Report on vaccination proceedings throughout the Government of Bengal -
Year: 1868
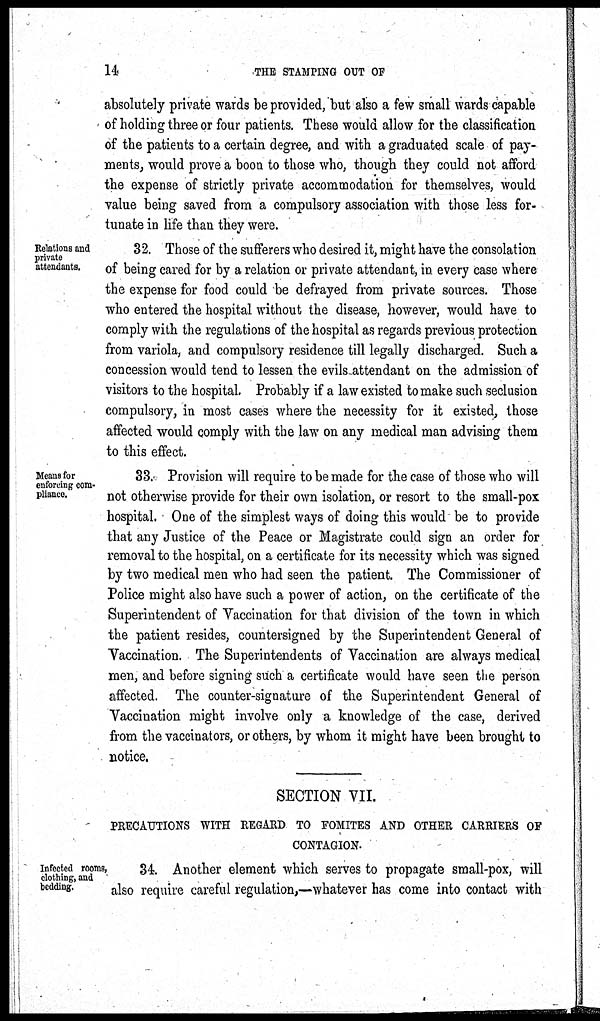
14
THE STAMPING OUT OF
absolutely private wards be provided, but also a few small wards capable
of holding three or four patients. These would allow for the classification
of the patients to a certain degree, and with a graduated scale of pay-
ments, would prove a boon to those who, though they could not afford
the expense of strictly private accommodation for themselves, would
value being saved from a compulsory association with those less for-
tunate in life than they were.
Relations and
private
attendants.
32. Those of the sufferers who desired it, might have the consolation
of being cared for by a relation or private attendant, in every case where
the expense for food could be defrayed from private sources. Those
who entered the hospital without the disease, however, would have to
comply with the regulations of the hospital as regards previous protection
from variola, and compulsory residence till legally discharged. Such a
concession would tend to lessen the evils-attendant on the admission of
visitors to the hospital. Probably if a law existed to make such seclusion
compulsory, in most cases where the necessity for it existed, those
affected would comply with the law on any medical man advising them
to this effect.
Means for
enforcing com-
pliance.
33. Provision will require to be made for the case of those who will
not otherwise provide for their own isolation, or resort to the small-pox
hospital. One of the simplest ways of doing this would be to provide
that any Justice of the Peace or Magistrate could sign an order for
removal to the hospital, on a certificate for its necessity which was signed
by two medical men who had seen the patient. The Commissioner of
Police might also have such a power of action, on the certificate of the
Superintendent of Vaccination for that division of the town in which
the patient resides, countersigned by the Superintendent General of
Vaccination. The Superintendents of Vaccination are always medical
men, and before signing such a certificate would have seen the person
affected. The counter-signature of the Superintendent General of
Vaccination might involve only a knowledge of the case, derived
from the vaccinators, or others, by whom it might have been brought to
notice.
SECTION VII.
PRECAUTIONS WITH REGARD TO FOMITES AND OTHER CARRIERS OF
CONTAGION.
Infected rooms,
clothing, and
bedding.
34. Another element which serves to propagate small-pox, will
also require careful regulation,—whatever has come into contact with